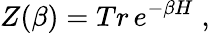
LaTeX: Z(\beta)=Tr\, e^{-\beta H}\; ,